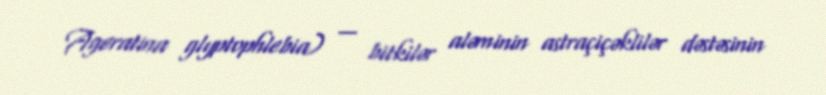
Ageratina glyptophlebia) — bitkilər aləminin astraçiçəklilər dəstəsinin